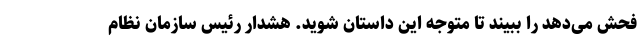
فحش می‌دهد را ببیند تا متوجه این داستان شوید. هشدار رئیس سازمان نظام